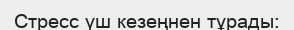
Стресс үш кезеңнен тұрады: